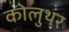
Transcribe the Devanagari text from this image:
कोलुथर